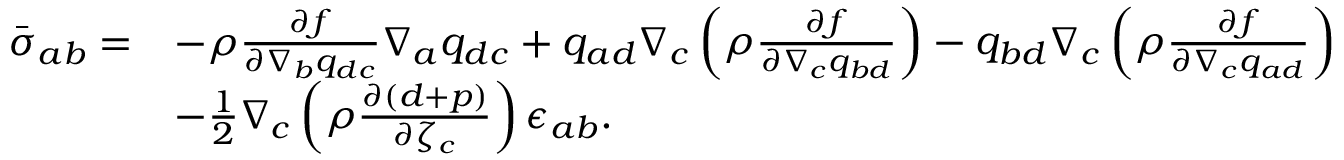
\begin{array} { r l } { \bar { \sigma } _ { a b } = } & { - \rho \frac { \partial f } { \partial \nabla _ { b } q _ { d c } } \nabla _ { a } q _ { d c } + q _ { a d } \nabla _ { c } \left( \rho \frac { \partial f } { \partial \nabla _ { c } { q } _ { b d } } \right) - q _ { b d } \nabla _ { c } \left( \rho \frac { \partial f } { \partial \nabla _ { c } { q } _ { a d } } \right) } \\ & { - \frac { 1 } { 2 } \nabla _ { c } \left( \rho \frac { \partial ( d + p ) } { \partial \zeta _ { c } } \right) \epsilon _ { a b } . } \end{array}